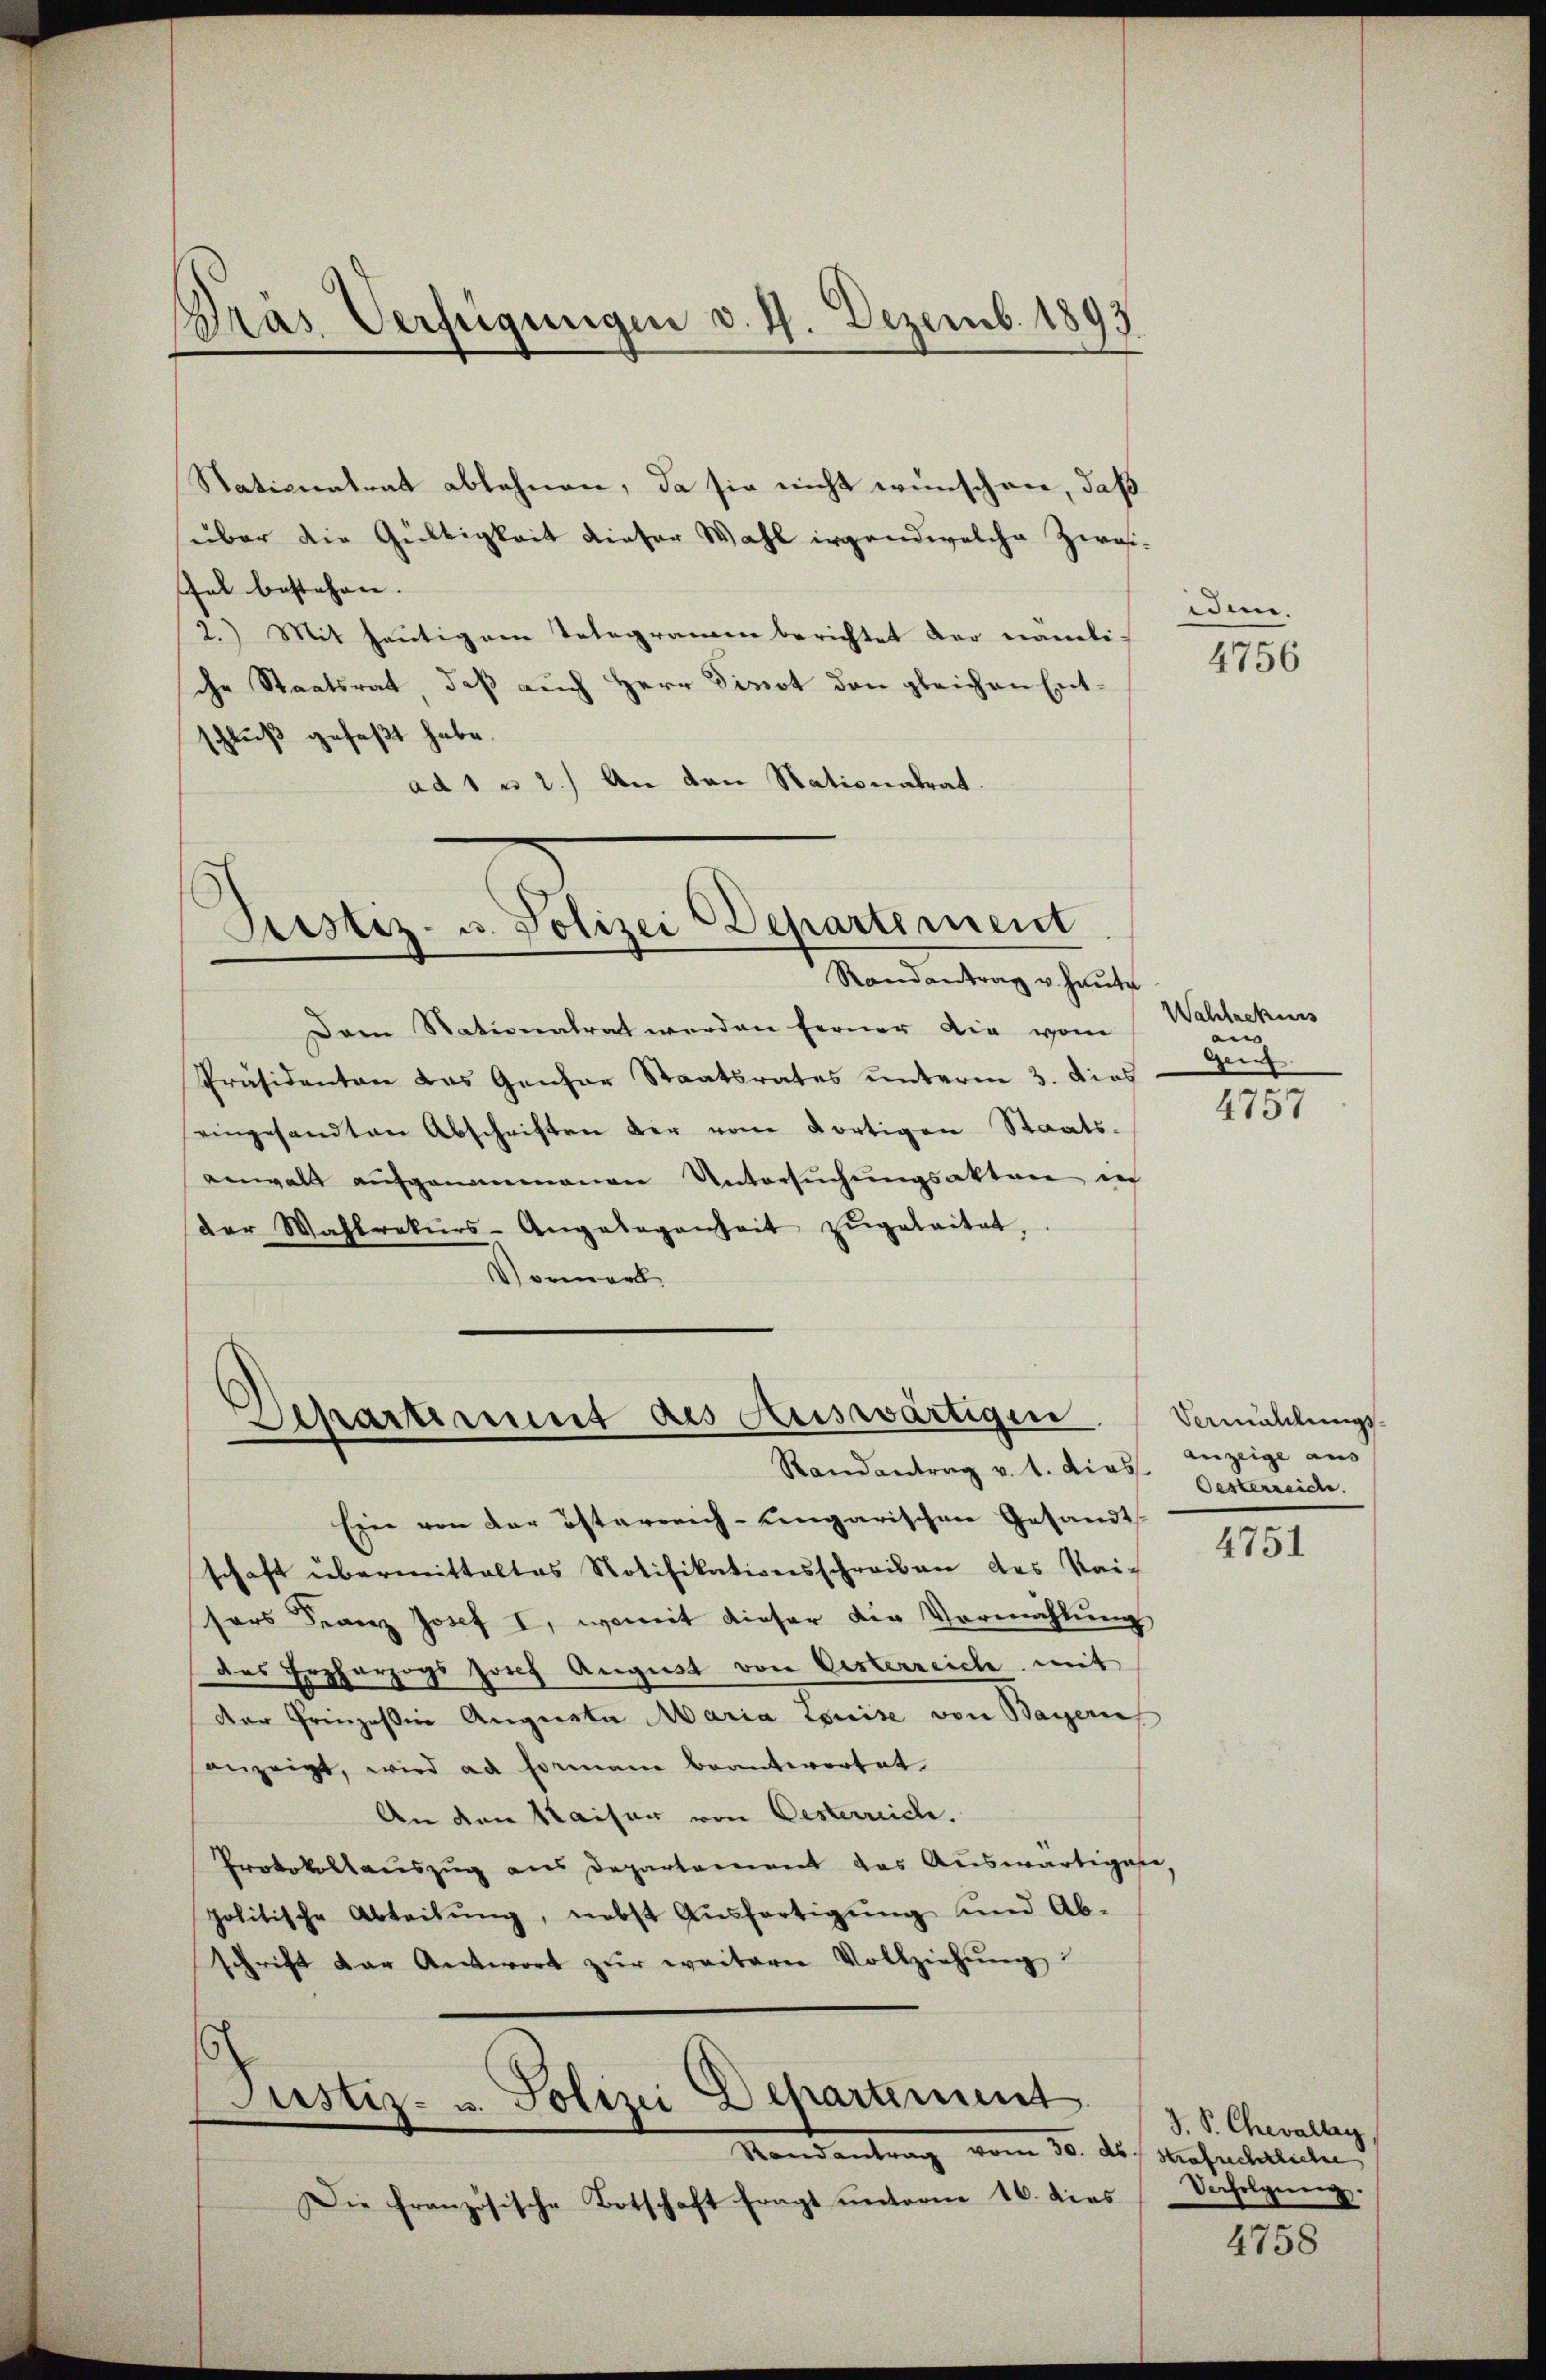
Dras Verfügungen d. 1. Dezemb. 1893

Stationalrat ablehnen, da sie nicht wünschen, daß
über die Gültigkeit dieser Wahl irgendwelche Zweifal bestehen. |
2.) Mit heutigem Telegramen berichtet der nämli-
che Staatsrat, daß auch Herr Finot den gleichen Entschluß gefaßt habe.
ad 1 u 2.) An von Stationatrat.

Justiz- u. Polizei Departement
Randantrag u. haute

Apartiment des Auswärtigen
Randantrag v. 1. dies Gesterreiche

Dem Stationalrat werden ferner die vom
Präsidenten das Ganzer Staatsrates unterm 3. dies
eingesandten Abschriften der vom dortigen Staats-
anwalt aufgenommenen Untersuchungsaktere ich
der Wahlrekŭrs-Angelegenheit zugeleitet,
Vorort

Ein von der österreich-ungarischen Gesandt
schaft übermittaltes Notifikationsschreiben des Kai-
sers Franz Josef I, womit dieser die Vormahlŭng
des Erzherzogs Josef August von Oesterreiche mit
der Prinzessin Auguste Maria Louise von Bayeris
anzeigt, wird ad Formane beantwortet
An den Kaiser von Oesterreich.
Protokollauszug aus Departement das Auswärtigene
politische Abteilŭng, nebst Aŭsfertigŭng und Ab-
schrift der Antwort zŭr weitern Vollziehŭng
Justiz- u. Polizei Departement
Randantrag vom 30. ds. strafrechtliche
Die französische Botschaft fragt unterm 16. dies

iden.
4756

Wahlackens
an |
gen
e

4157

Vermählungs-
Anzeige aus

4751

J. P. Chevalley
Defolgung.

4758